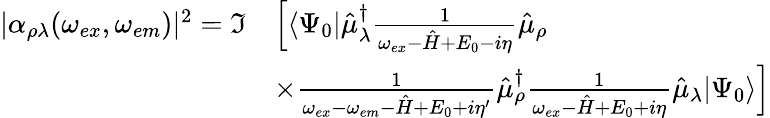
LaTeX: \begin{array}{rl}{|\alpha_{\rho\lambda}(\omega_{ex},\omega_{em})|^{2}=\Im}&{\left[\langle\Psi_{0}|\hat{\mu}_{\lambda}^{\dagger}\frac{1}{\omega_{ex}-\hat{H}+E_{0}-i\eta}\hat{\mu}_{\rho}\right.}\\ &{\left.\times\frac{1}{\omega_{ex}-\omega_{em}-\hat{H}+E_{0}+i\eta^{\prime}}\hat{\mu}_{\rho}^{\dagger}\frac{1}{\omega_{ex}-\hat{H}+E_{0}+i\eta}\hat{\mu}_{\lambda}|\Psi_{0}\rangle\right]}\end{array}